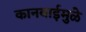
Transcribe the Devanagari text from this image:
कानबाईमुळे